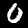
Label: 0